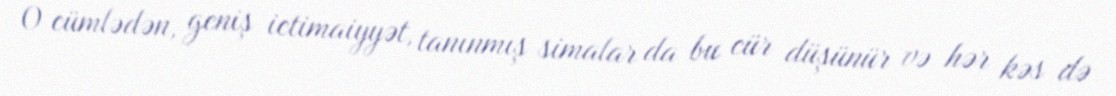
O cümlədən, geniş ictimaiyyət, tanınmış simalar da bu cür düşünür və hər kəs də